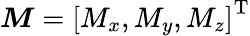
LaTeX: \boldsymbol{M}=\left[M_{x},M_{y},M_{z}\right]^{\mathrm{T}}